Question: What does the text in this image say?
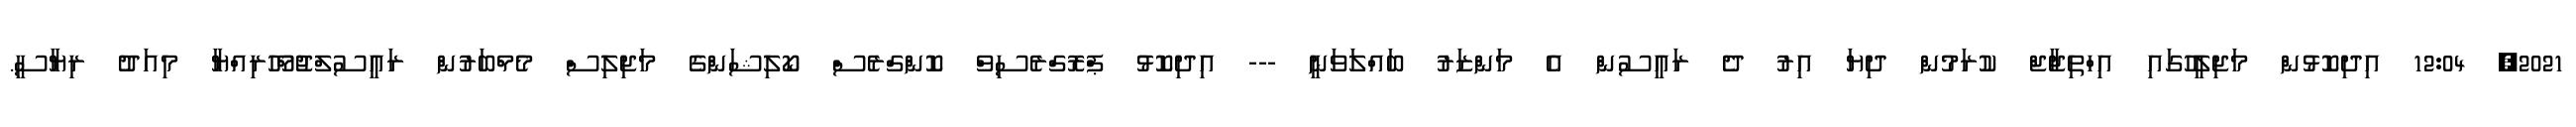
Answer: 2021, 12:04 އިދިކޮޅުން މަޖިލީހުގައި އިހްތިޖާޖް ކުރަމުން ދިޔަ އިރު ދެ ރައީސުން އެ މަންޒަރު ބައްލަވަނީ --- އިދިކޮޅު ޕްރޮގްރެސިވް ކޮންގްރެސް ކޯލިޝަންގެ މަޖިލިސް މެމްބަރުން ރައީސުލްޖުމްހޫރިއްޔާ މިއަދު ރިޔާސީ.